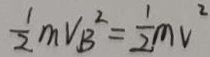
\frac { 1 } { 2 } m v _ { B } ^ { 2 } = \frac { 1 } { 2 } m v ^ { 2 }